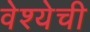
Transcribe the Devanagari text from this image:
वेश्येची